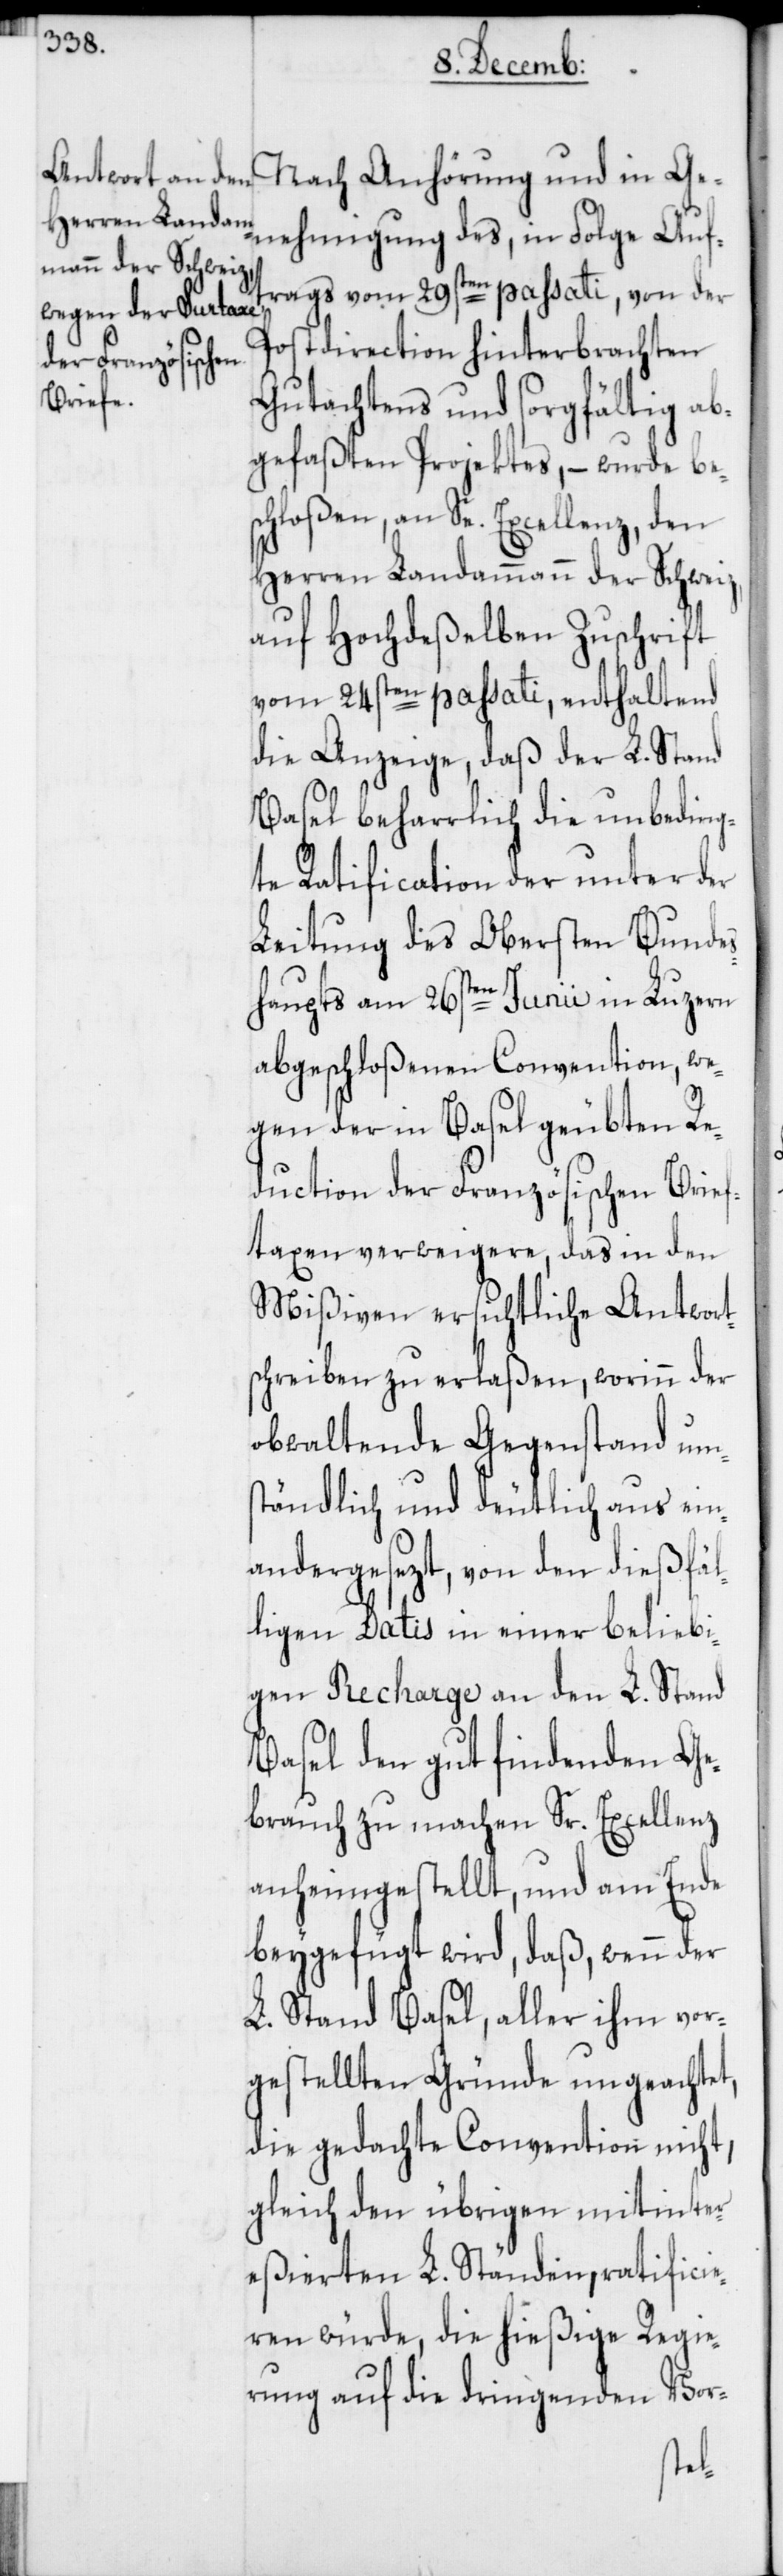
Nach Anhörung und in Ge¬
nehmigung des, in Folge Auft¬
rags vom 29sten passati, von der
Postdirection hinterbrachten
Gutachtens und sorgfältig ab¬
gefaßten Projektes, – wurde be¬
schloßen, an Se. Excellenz, den
Herren Landammann der Schweiz,
auf Hochdeßelben Zuschrift
vom 24sten passati, enthaltend
die Anzeige, daß der L. Stand
Basel beharrlich die unbeding¬
te Ratification der unter der
Leitung des Obersten Bunde¬
shaupts am 26sten Junii in Luzern
abgeschloßenen Convention, we¬
gen der in Basel geübten Re¬
duction der Französischen Brief¬
taxen verweigere, das in den
Mißiven ersichtliche Antwort¬
schreiben zu erlaßen, worinn der
obwaltende Gegenstand ums¬
tändlich und deutlich aus ein¬
andergesezt, von den dießfäl¬
ligen Datis in einer beliebi¬
gen Recharge an den L. Stand
Basel den gut findenden Ge¬
brauch zu machen Sr. Excellenz
anheimgestellt, und am Ende
beygefügt wird, daß, wenn der
L. Stand Basel, aller ihm vor¬
gestellten Gründe ungeachtet,
die gedachte Convention nicht,
gleich den übrigen mitinter¬
eßierten L. Ständen, ratificie¬
ren würde, die hießige Regie¬
rung auf die dringenden Vor-